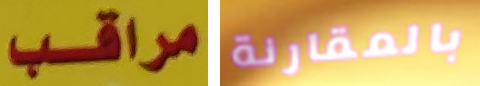
مراقب بالمقارنة